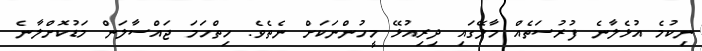
ނިކުމެ އުޅެލާނެ ފުރުސަތެއް މާލޭގައި ދިރިއުޅޭ މީހުންނަކަށް ނެތެވެ. ހިތްހަމަ ޖައްސާލަން މަޑުކޮށްލާނެ